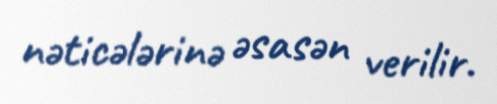
nəticələrinə əsasən verilir.